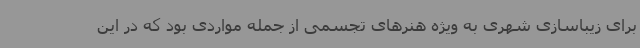
برای زیباسازی شهری به ویژه هنرهای تجسمی از جمله مواردی بود که در این